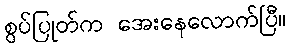
စွပ်ပြုတ်က အေးနေလောက်ပြီ။